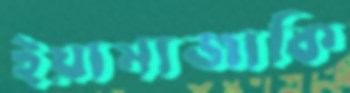
ইয়ামাজাকি